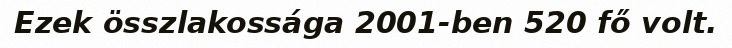
Ezek összlakossága 2001-ben 520 fő volt.